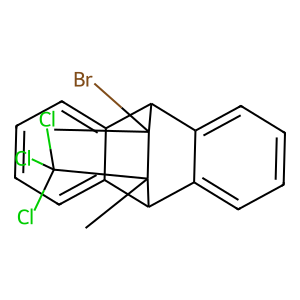
SMILES: CC1(Br)C2c3ccccc3C(c3ccccc32)C1(C)C(Cl)(Cl)Cl
Inhibits HIV replication: No